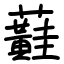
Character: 蘳